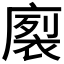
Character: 𭙻